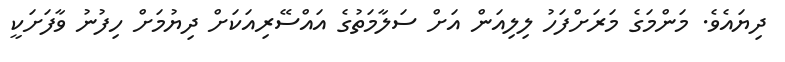
ދިޔައެވެ. މަންމަގެ މަރަށްފަހު ލިލިއަން އަށް ސަލާމަތުގެ އައްސޭރިއަކަށް ދިޔުމަށް ހިފުނު ވާފަށަކީ